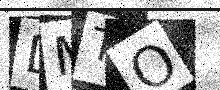
Text: DMTO